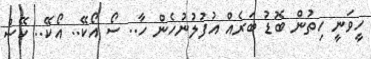
ހީވަނީ ހިތުން ބޮޑު ބަރެއް އުފުލުނުހެން ހާ.. ސޯ އޯކޭ.. އޯކޭ.. ކޭސް